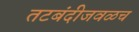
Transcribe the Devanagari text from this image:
तटबंदीजवळच